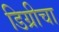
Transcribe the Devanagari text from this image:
डिग्रीचा